Indian journal of veterinary science and animal husbandry - Volume 12,
Year: 1942
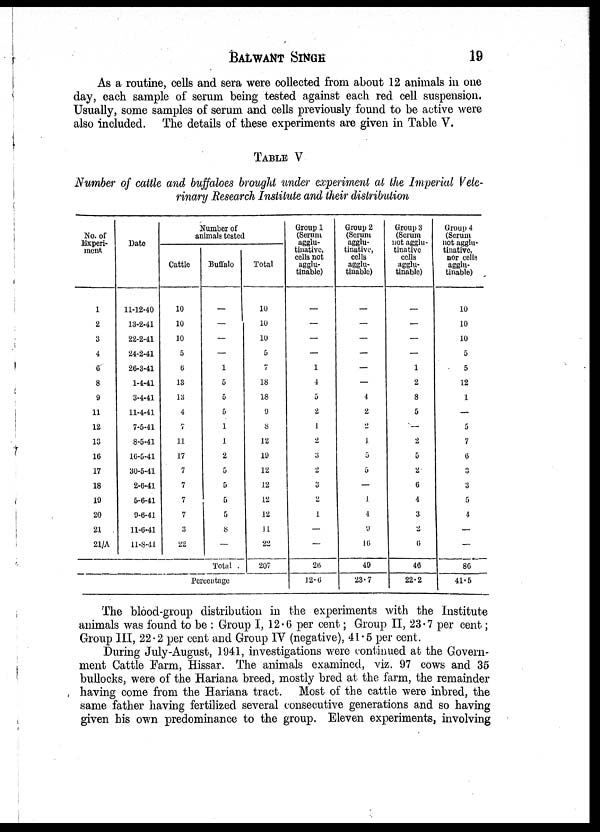
BALWANT
SINGH
19
As a routine, cells and sera were collected from about 12 animals in one
day, each sample of serum being tested against each red cell suspension.
Usually, some samples of serum and cells previously found to be active were
also included. The details of these experiments are given in Table V.
TABLE V
Number of cattle and buffaloes brought under experiment at the Imperial Vete-
rinary Research Institute and their distribution
No. of
Experi-
ment
1
2
3
4
6
8
9
11
12
13
16
17
18
19
20
21
21/A
Date
11-12-40
13-2-41
22-2-41
24-2-41
26-3-41
1-4-41
3-4-41
11-4-41
7-5-41
8-5-41
16-5-41
30-5-41
2-6-41
5-6-41
9-6-41
11-6-41
11-8-41
Number of
animals tested
Cattle
10
10
10
5
6
13
13
4
7
11
17
7
7
7
7
3
22
Buffalo
—
—
—
—
1
5
5
5
1
1
2
5
5
5
5
8
—
Total .
Percentage
Total
10
10
10
5
7
18
18
9
8
12
19
12
12
12
12
11
22
207
Group 1
(Serum
agglu-
tinative,
cells not
agglu-
tinable)
—
—
—
—
1
4
5
2
1
2
3
2
3
2
1
—
—
26
12.6
Croup 2
(Serum
agglu-
tinative,
cells
agglu-
tinable)
—
—
—
—
—
—
4
2
2
1
5
5
—
1
4
9
16
49
23.7
Group 3
(Serum
not agglu-
tinative
cells
agglu-
tinable)
—
—
—
—
1
2
8
5
—
2
5
2
6
4
3
2
6
46
22.2
Group 4
(Serum
not agglu-
tinative,
nor cells
agglu-
tinable)
10
10
10
5
5
12
1
—
5
7
6
3
3
5
4
—
—
86
41.5
The blood-group distribution in the experiments with the Institute
animals was found to be : Group I, 12.6 per cent ; Group II, 23.7 per cent ;
Group III, 22.2 per cent and Group IV (negative), 41.5 per cent.
During July-August, 1941, investigations were continued at the Govern-
ment Cattle Farm, Hissar. The animals examined, viz. 97 cows and 35
bullocks, were of the Hariana breed, mostly bred at the farm, the remainder
having come from the Hariana tract. Most of the cattle were inbred, the
same father having fertilized several consecutive generations and so having
given his own predominance to the group. Eleven experiments, involving